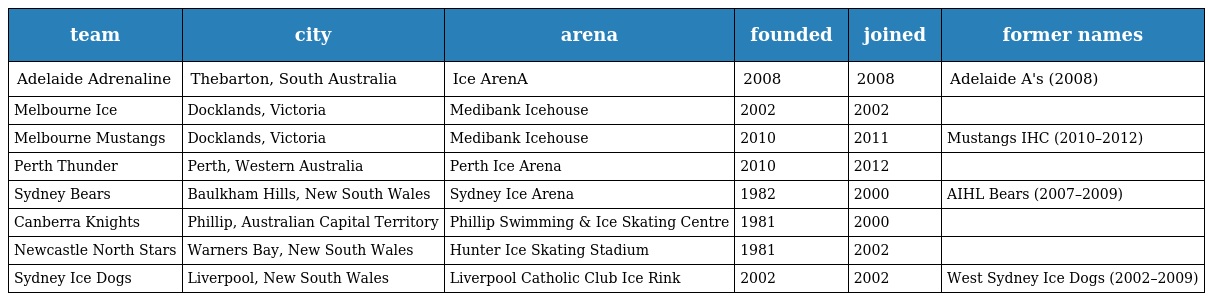
| team | city | arena | founded | joined | former names |
 | --- | --- | --- | --- | --- | --- |
 | Adelaide Adrenaline | Thebarton, South Australia | Ice ArenA | 2008 | 2008 | Adelaide A's (2008) |
 | Melbourne Ice | Docklands, Victoria | Medibank Icehouse | 2002 | 2002 |  |
 | Melbourne Mustangs | Docklands, Victoria | Medibank Icehouse | 2010 | 2011 | Mustangs IHC (2010–2012) |
 | Perth Thunder | Perth, Western Australia | Perth Ice Arena | 2010 | 2012 |  |
 | Sydney Bears | Baulkham Hills, New South Wales | Sydney Ice Arena | 1982 | 2000 | AIHL Bears (2007–2009) |
 | Canberra Knights | Phillip, Australian Capital Territory | Phillip Swimming & Ice Skating Centre | 1981 | 2000 |  |
 | Newcastle North Stars | Warners Bay, New South Wales | Hunter Ice Skating Stadium | 1981 | 2002 |  |
 | Sydney Ice Dogs | Liverpool, New South Wales | Liverpool Catholic Club Ice Rink | 2002 | 2002 | West Sydney Ice Dogs (2002–2009) |